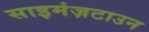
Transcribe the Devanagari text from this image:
साइमंज़टाउन